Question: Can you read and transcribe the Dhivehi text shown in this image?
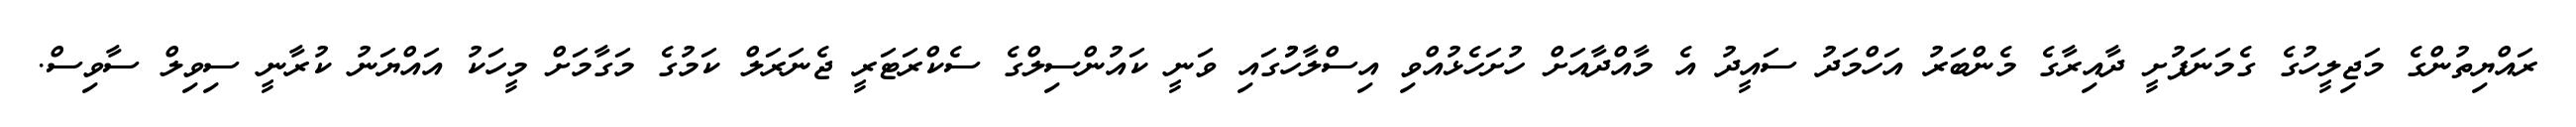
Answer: ރައްޔިތުންގެ މަޖިލީހުގެ ގެމަނަފުށީ ދާއިރާގެ މެންބަރު އަހްމަދު ސައީދު އެ މާއްދާއަށް ހުށަހެޅުއްވި އިސްލާހުުގައި ވަނީ ކައުންސިލްގެ ސެކްރަޓަރީ ޖެނަރަލް ކަމުގެ މަގާމަށް މީހަކު އައްޔަނު ކުރާނީ ސިވިލް ސާވިސް.